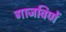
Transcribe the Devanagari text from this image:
गाजविणें